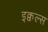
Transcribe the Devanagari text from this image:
इक्वल्स